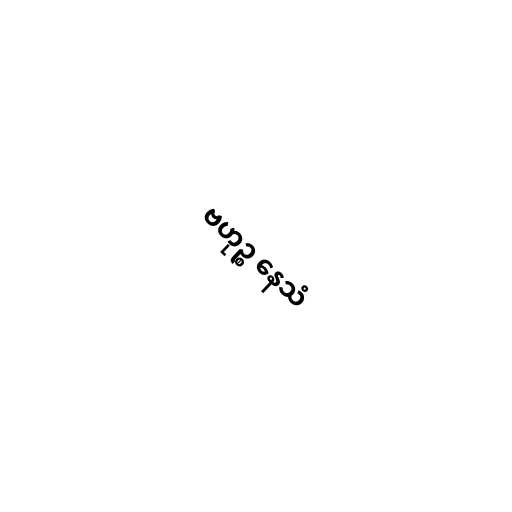
ဗဟုဉ္စ နေသံ